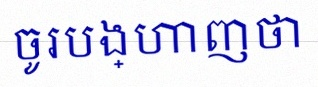
ចូរបង្ហាញថា